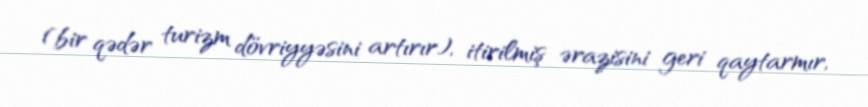
(bir qədər turizm dövriyyəsini artırır), itirilmiş ərazisini geri qaytarmır,